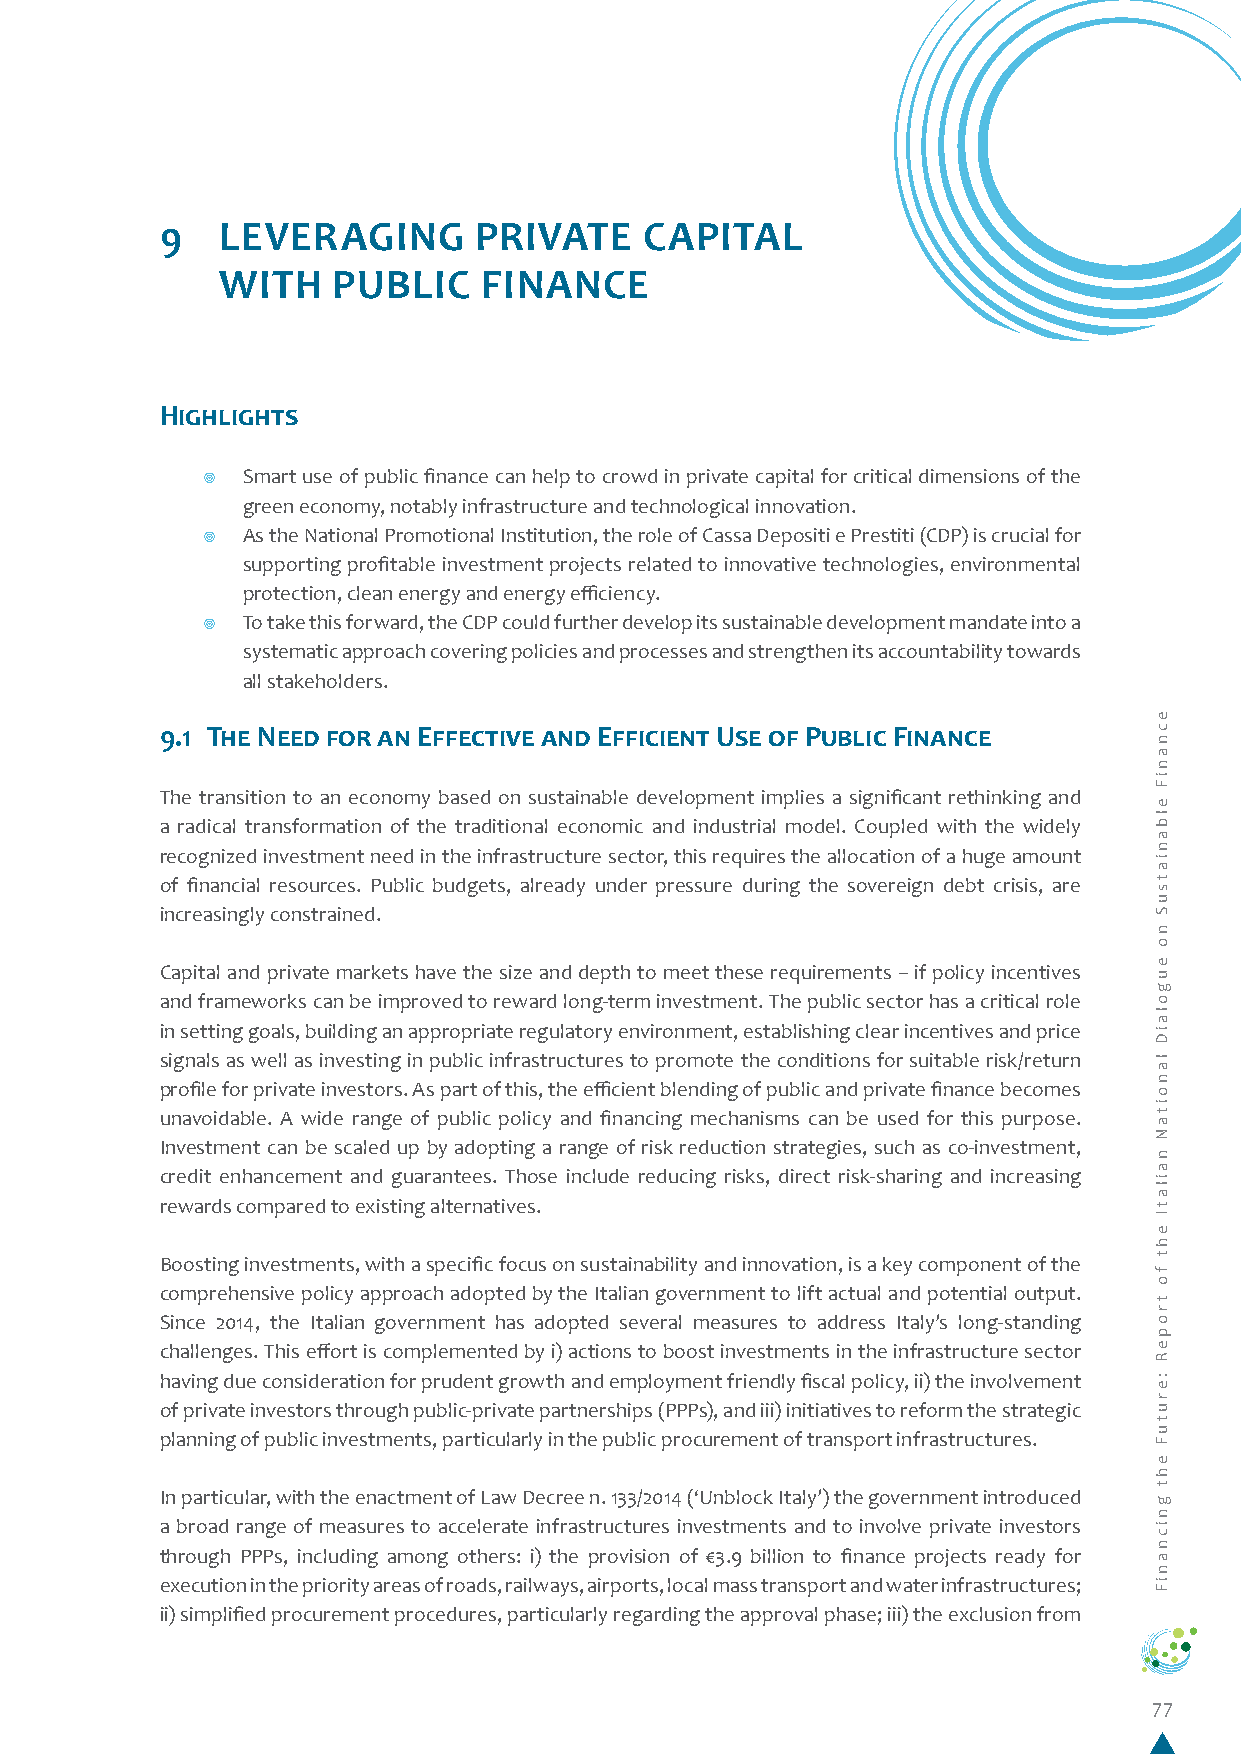
9   LEVERAGING      PRIVATE     CAPITAL
 WITH   PUBLIC    FINANCE
 Highlights
 ¥  Smart use of public finance can help to crowd in private capital for critical dimensions of the
 green economy, notably infrastructure and technological innovation.
 ¥  As the National Promotional Institution, the role of Cassa Depositi e Prestiti (CDP) is crucial for
 supporting profitable investment projects related to innovative technologies, environmental
 protection, clean energy and energy efficiency.
 ¥  To take this forward, the CDP could further develop its sustainable development mandate into a
 systematic approach covering policies and processes and strengthen its accountability towards
 all stakeholders.
 9.1 The Need for an Effective and Efficient Use of Public Finance
 The transition to an economy based on sustainable development implies a significant rethinking and
 a radical transformation of the traditional economic and industrial model. Coupled with the widely
 recognized investment need in the infrastructure sector, this requires the allocation of a huge amount
 of financial resources. Public budgets, already under pressure during the sovereign debt crisis, are
 increasingly constrained.
 Capital and private markets have the size and depth to meet these requirements – if policy incentives
 and frameworks can be improved to reward long-term investment. The public sector has a critical role
 in setting goals, building an appropriate regulatory environment, establishing clear incentives and price
 signals as well as investing in public infrastructures to promote the conditions for suitable risk/return
 profile for private investors. As part of this, the efficient blending of public and private finance becomes
 unavoidable. A wide range of public policy and financing mechanisms can be used for this purpose.
 Investment can be scaled up by adopting a range of risk reduction strategies, such as co-investment,
 credit enhancement and guarantees. Those include reducing risks, direct risk-sharing and increasing
 rewards compared to existing alternatives.
 Boosting investments, with a specific focus on sustainability and innovation, is a key component of the
 comprehensive policy approach adopted by the Italian government to lift actual and potential output.
 Since 2014, the Italian government has adopted several measures to address Italy’s long-standing
 challenges. This effort is complemented by i) actions to boost investments in the infrastructure sector
 having due consideration for prudent growth and employment friendly fiscal policy, ii) the involvement
 of private investors through public-private partnerships (PPPs), and iii) initiatives to reform the strategic
 planning of public investments, particularly in the public procurement of transport infrastructures.
 In particular, with the enactment of Law Decree n. 133/2014 (‘Unblock Italy’) the government introduced
 a broad range of measures to accelerate infrastructures investments and to involve private investors
 through PPPs, including among others: i) the provision of €3.9 billion to finance projects ready for
 execution in the priority areas of roads, railways, airports, local mass transport and water infrastructures;
 ii) simplified procurement procedures, particularly regarding the approval phase; iii) the exclusion from
 77
 ecnaniF
 elbaniatsuS
 no
 eugolaiD
 lanoitaN
 nailatI
 eht
 fo
 tropeR
 :erutuF
 eht
 gnicnaniF